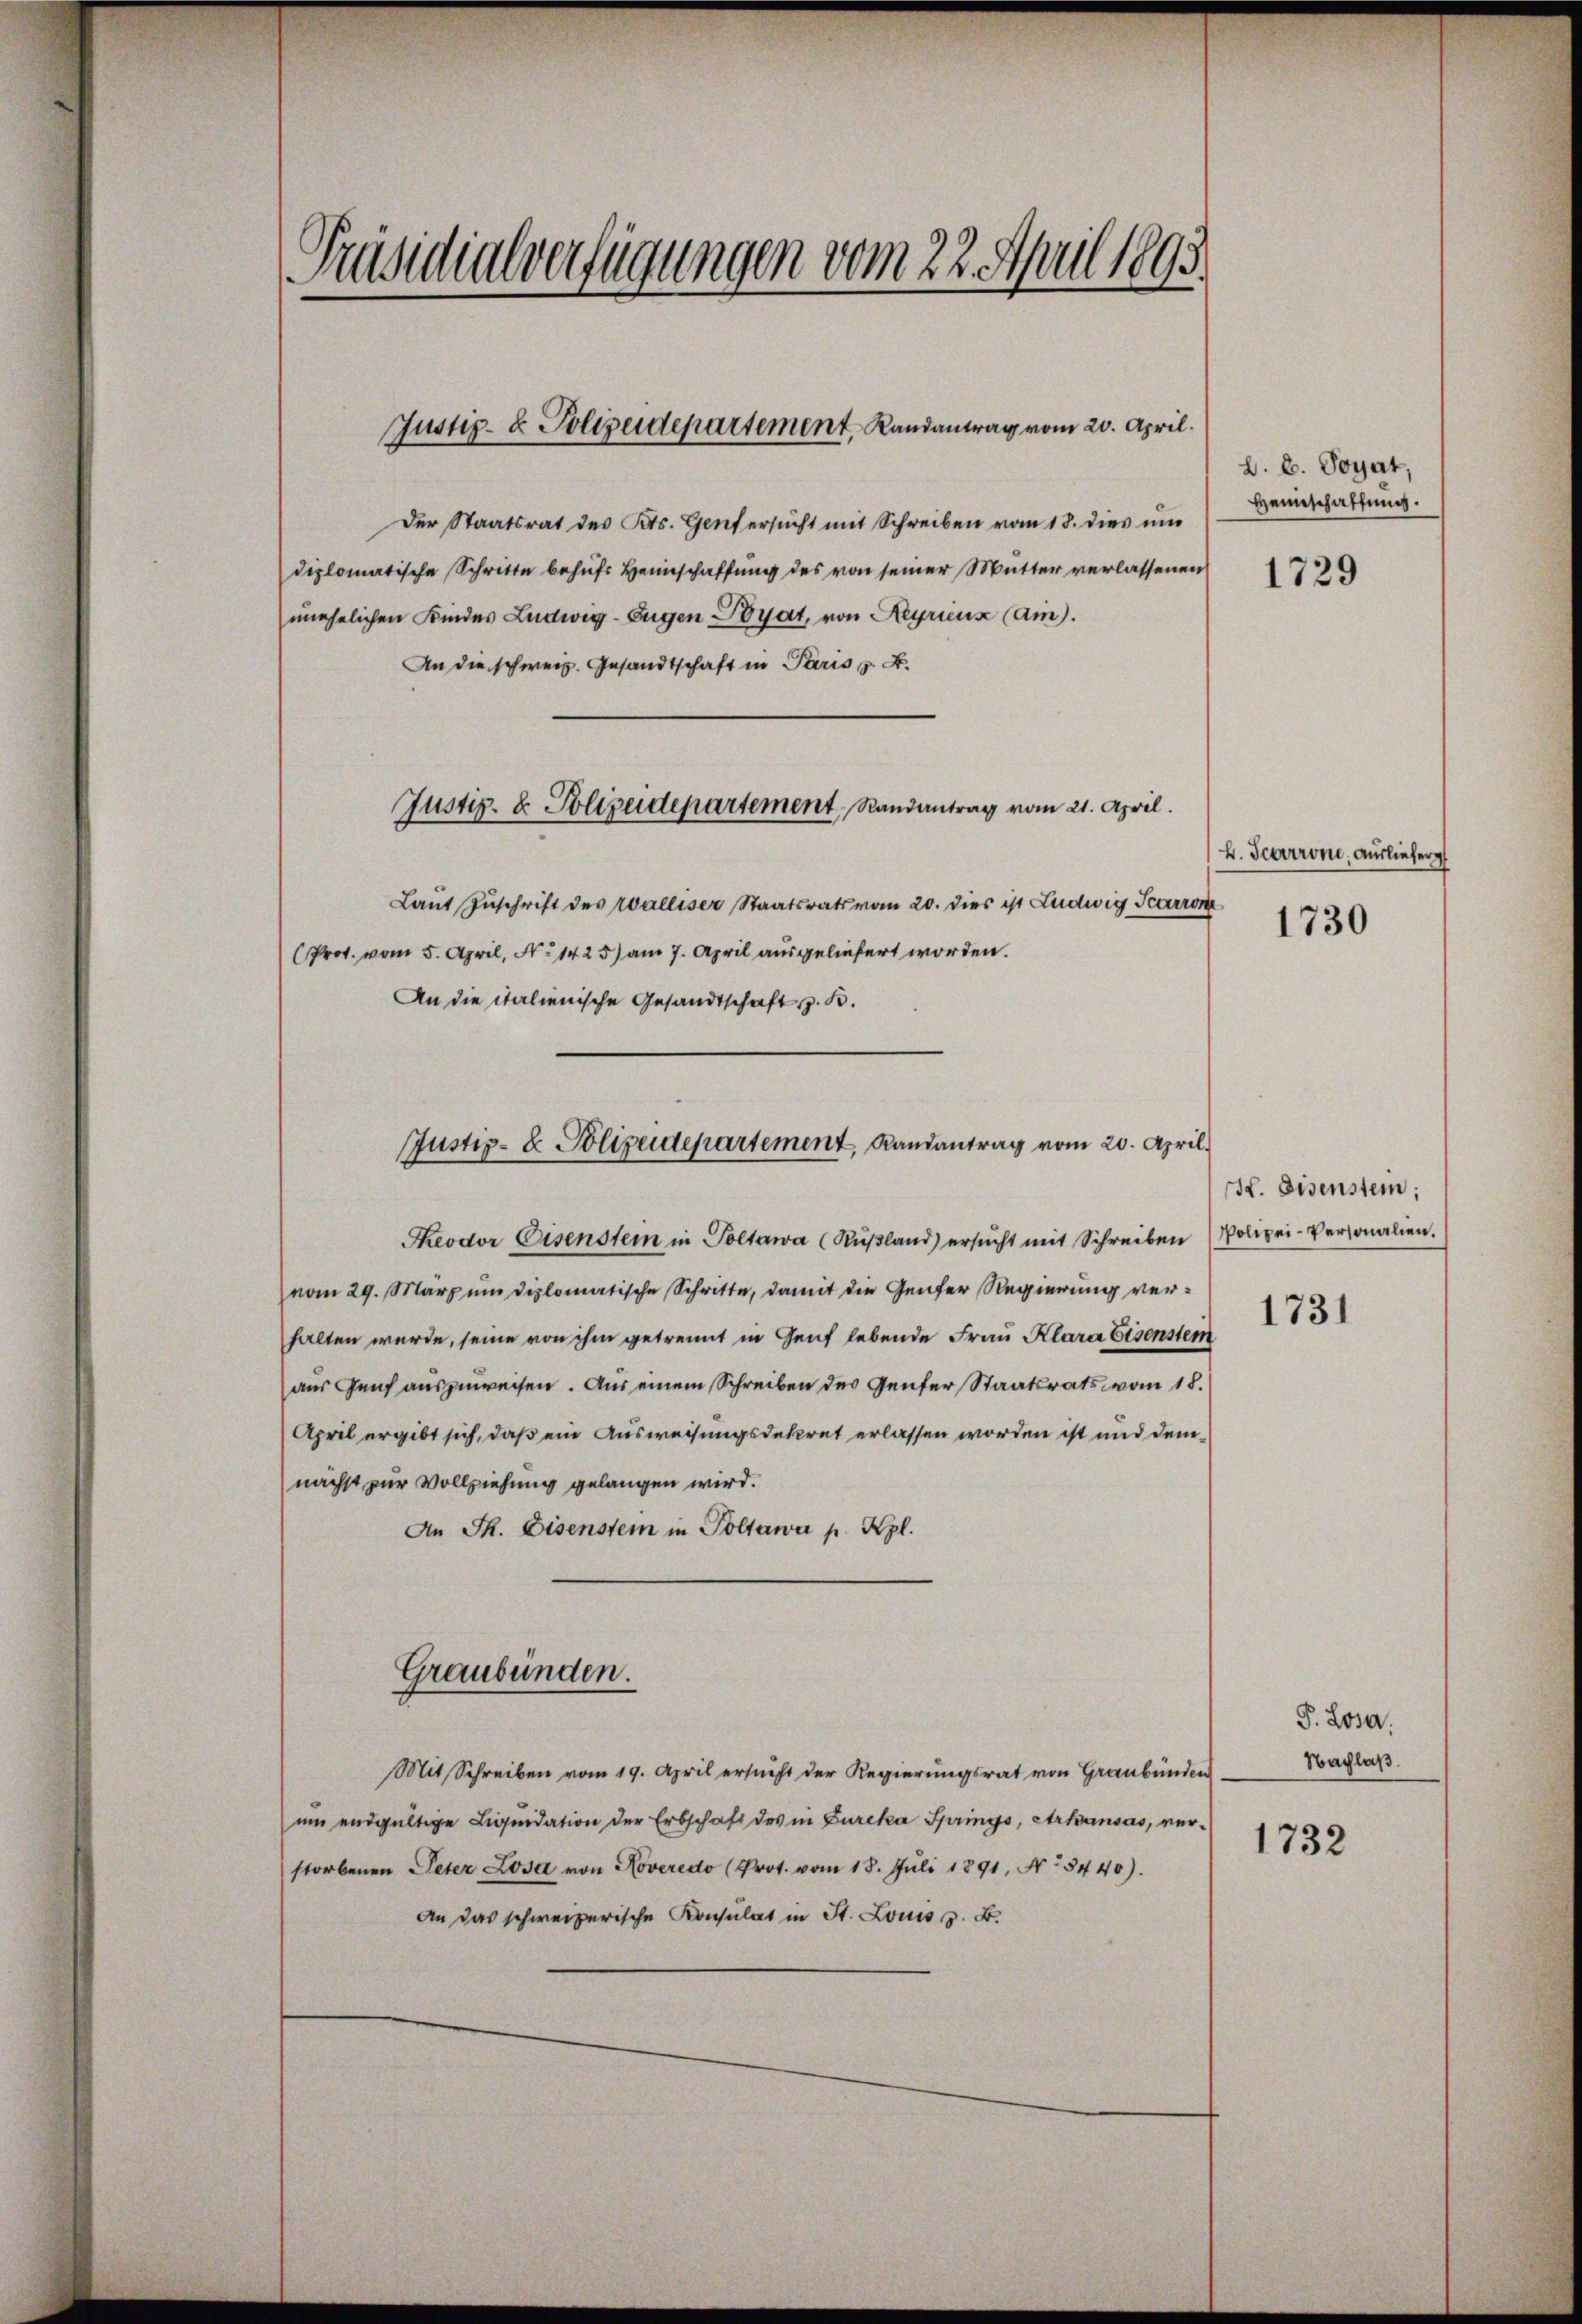
Präsidialverfügungen vom 22. April 1893.

Justiz- & Polizeidepartement, Randantrag vom 20. April.

Der Staatsrat des Kts. Genf ersucht mit Schreiben vom 18. dies um
diplomatische Schritte behufs Heimschaffung des von seiner Mutter verlassenen
unehelichen Kindes Ludwig-Eugen Poyat, von Keyriens (Ain).
An die schweiz. Gesandtschaft in Paris z. B.
Laut Zuschrift des Walliser Staatsrats vom 20. dies ist Ludwig Scarron
Prot. vom 5. April, No 1425) am 7. April ausgeliefert worden.
An die italienische Gesandtschaft, z. B.
Theodor Eisenstein in Poltawa (Rußland) ersucht mit Schreiben
vom 29. März um diplomatische Schritte, damit die Genfer Regierung verhalten werde, seine von ihm getrennt in Genf lebende Frau Klara Eisenstem
aus Genf auszuweisen. Aus einem Schreiben des Genfer Staatsrats vom 18.
April ergibt sich, daß ein Ausweisungsdekret erlassen worden ist und dennächst zur Vollziehung gelangen wird.
An Sr. Eisenstein in Poltawa p. Kgl.
Graubünden.
Mit Schreiben vom 19. April ersucht der Regierungsrat von Graubünden
um endgültige Liquidation der Erbschaft des in Gureka Springs, Arkausas, verstorbenen Peter Losa von Roveredo (Prot. vom 18. Juli 1891, No 3440).
An das schweizerische Konsulat in St. Louis z. B.

Justiz- & Polizeidepartement, Randantrag vom 21. April.

Justiz- & Polizeidepartement, Randantrag vom 20. April.

B. b. Sogat,
Heimschaffung.

1729

H. Scarrone, Auslieferg

1730

H. Eisenstein;
Polizei-Personalien.

1731

P. Losa.
Nachlaß.
1732